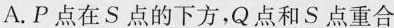
A.P点在S点的下方，Q点和S点重合